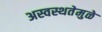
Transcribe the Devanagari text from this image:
अस्वस्थतेमुळे